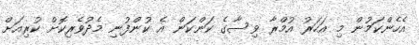
އެހެންކަމުން މި އަހަރު އުމްރާ ވިސާގެ ކަންކަން އެ ކުންފުނި މެދުވެރިކޮށް ކުރިއަށް